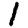
Digit: 1